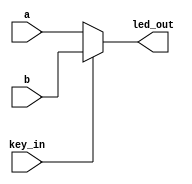
module testCode(a, b, key_in, led_out);
	input a, b;
	input key_in;
	output led_out;
	
	// key_in == 0, led_out = a;
	assign led_out = (key_in == 0)? a : b;        // 
	
endmodule